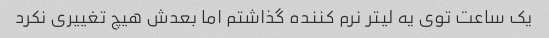
یک ساعت توی یه لیتر نرم کننده گذاشتم اما بعدش هیچ تغییری نکرد